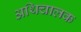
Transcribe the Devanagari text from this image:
अथिचालक